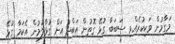
މަގާމުން ވަކިކުރެއްވި ސަބަބާ ގުޅޭ ގޮތުން އަބްދު އަށް ގުޅާލުމުން އެކަމާ ގުޅޭ